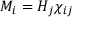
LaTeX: M _ { i } = H _ { j } \chi _ { i j }